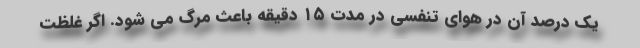
یک درصد آن در هوای تنفسی در مدت ۱۵ دقیقه باعث مرگ می شود. اگر غلظت